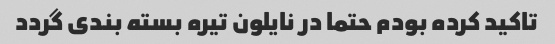
تاکید کرده بودم حتما در نایلون تیره بسته بندی گردد